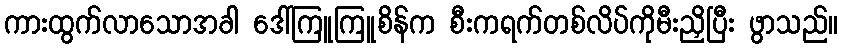
ကားထွက်လာသောအခါ ဒေါ်ကြူကြူစိန်က စီးကရက်တစ်လိပ်ကိုမီးညှိပြီး ဖွာသည်။